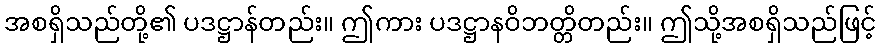
အစရှိသည်တို့၏ ပဒဋ္ဌာန်တည်း။ ဤကား ပဒဋ္ဌာနဝိဘတ္တိတည်း။ ဤသို့အစရှိသည်ဖြင့်